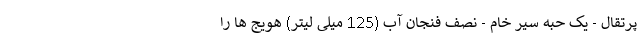
پرتقال - یک حبه سیر خام - نصف فنجان آب (125 میلی لیتر) هویج ها را